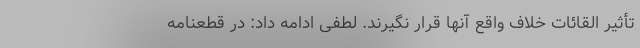
تأثیر القائات خلاف واقع آنها قرار نگیرند. لطفی ادامه داد: در قطعنامه